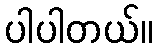
ပါပါတယ်။